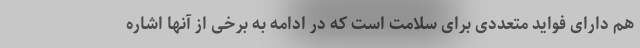
هم دارای فواید متعددی برای سلامت است که در ادامه به برخی از آنها اشاره